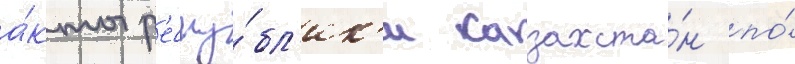
а́кты р'еспу́бл'ик'и казахста́н по́